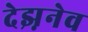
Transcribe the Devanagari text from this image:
देझ़नेव